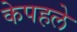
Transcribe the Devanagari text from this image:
केपहले